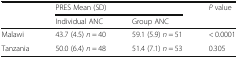
<table><thead><tr><td rowspan="2"></td><td colspan="2"><b>PRES Mean (SD)</b></td><td rowspan="2"><b><i>P</i> value</b></td></tr><tr><td><b>Individual ANC</b></td><td><b>Group ANC</b></td></tr></thead><tbody><tr><td>Malawi</td><td>43.7 (4.5) <i>n</i> = 40</td><td>59.1 (5.9) <i>n</i> = 51</td><td>&lt; 0.0001</td></tr><tr><td>Tanzania</td><td>50.0 (6.4) <i>n</i> = 48</td><td>51.4 (7.1) <i>n</i> = 53</td><td>0.305</td></tr></tbody></table>